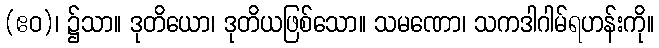
(ဧဝ)၊ ၌သာ။ ဒုတိယော၊ ဒုတိယဖြစ်သော။ သမဏော၊ သကဒါဂါမ်ရဟန်းကို။